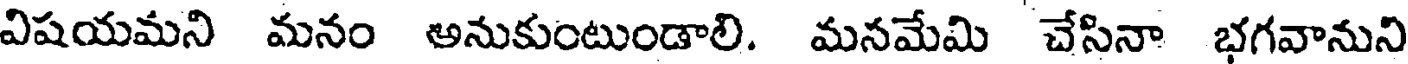
విషయమని మనం అనుకుంటుండాలి. మనమేమి చేసినా భగవానుని